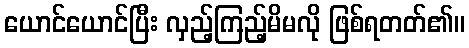
ယောင်ယောင်ပြီး လှည့်ကြည့်မိမလို ဖြစ်ရတတ်၏။